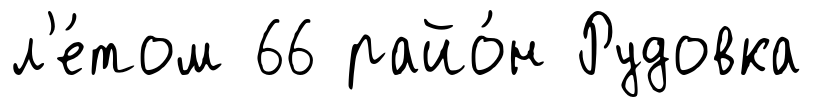
л'е́том 66 райо́н Рудовка